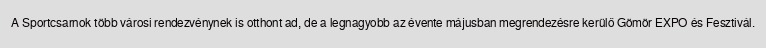
A Sportcsarnok több városi rendezvénynek is otthont ad, de a legnagyobb az évente májusban megrendezésre kerülő Gömör EXPO és Fesztivál.